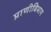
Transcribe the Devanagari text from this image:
प्राणीविभाग